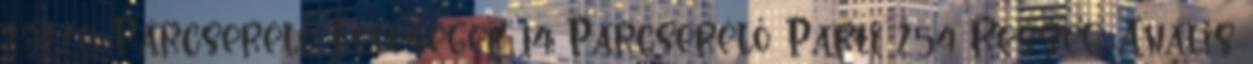
29220 Párcserélő Feleségek 14 Párcserélő Parti 254 Részeg Anális